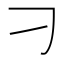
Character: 刁